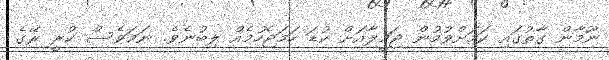
ނޫމާން ގާތުގައި ކަމަށްވުމުން ޖަމީލާއަށް ކުޑަ ހަމަޖެހުމެއް ލިބުނެވެ. ނަމަވެސް ކުރީ ރޭގެ